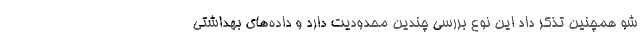
شو همچنین تذکر داد این نوع بررسی چندین محدودیت دارد و داده‌های بهداشتی